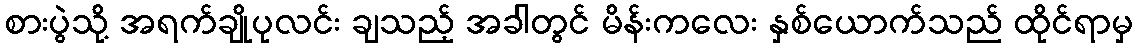
စားပွဲသို့ အရက်ချိုပုလင်း ချသည့် အခါတွင် မိန်းကလေး နှစ်ယောက်သည် ထိုင်ရာမှ